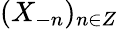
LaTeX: (X_{-n})_{n\in Z}